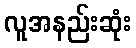
လူအနည်းဆုံး